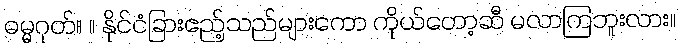
ဓမ္မဂုတ်။ ။ နိုင်ငံခြားဧည့်သည်များကော ကိုယ်တော့ဆီ မလာကြဘူးလား။